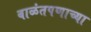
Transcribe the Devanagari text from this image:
बाळंतपणाच्या